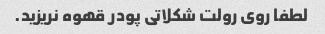
لطفا روی رولت شکلاتی پودر قهوه نریزید.